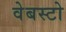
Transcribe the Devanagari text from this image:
वेबस्टो